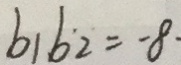
b _ { 1 } b _ { 2 } = - 8